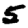
Digit: 5